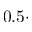
0 . 5 \cdot